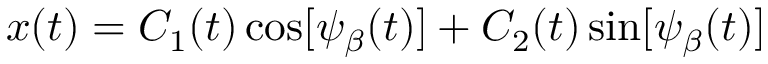
x ( t ) = C _ { 1 } ( t ) \cos [ \psi _ { \beta } ( t ) ] + C _ { 2 } ( t ) \sin [ \psi _ { \beta } ( t ) ]